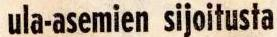
ula-asemien sijoitusta